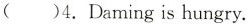
( )4.Daming is hungry.